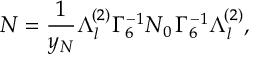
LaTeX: { \cal N } = \frac { 1 } { y _ { N } } \Lambda _ { l } ^ { ( 2 ) } \Gamma _ { 6 } ^ { - 1 } { \cal N } _ { 0 } \, \Gamma _ { 6 } ^ { - 1 } \Lambda _ { l } ^ { ( 2 ) } ,